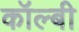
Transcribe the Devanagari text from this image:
कॉल्बी